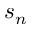
s _ { n }